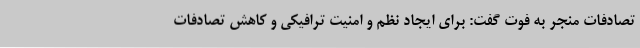
تصادفات منجر به فوت گفت: برای ایجاد نظم و امنیت ترافیکی و کاهش تصادفات